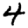
Digit: 4